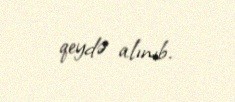
qeydə alınıb.